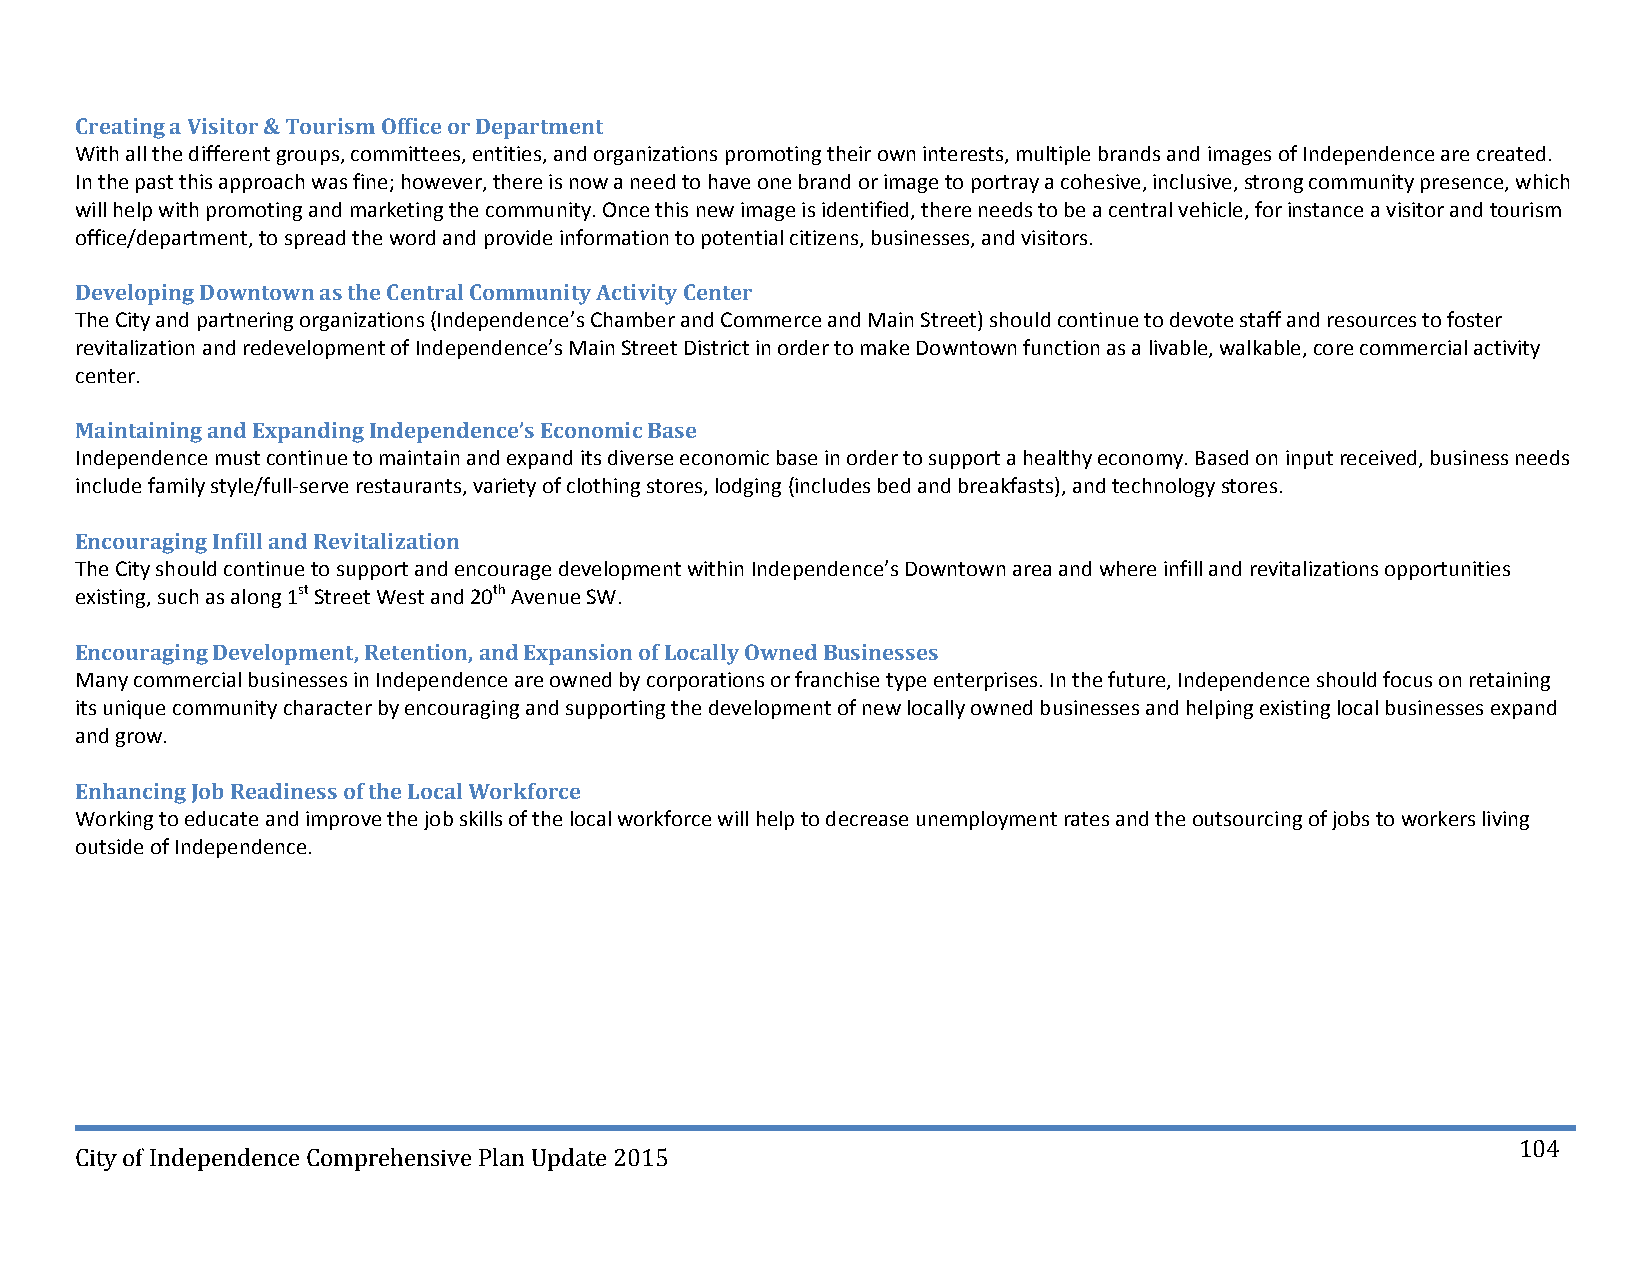
Creating a Visitor & Tourism Office or Department
 With all the different groups, committees, entities, and organizations promoting their own interests, multiple brands and images of Independence are created.
 In the past this approach was fine; however, there is now a need to have one brand or image to portray a cohesive, inclusive, strong community presence, which
 will help with promoting and marketing the community. Once this new image is identified, there needs to be a central vehicle, for instance a visitor and tourism
 office/department, to spread the word and provide information to potential citizens, businesses, and visitors.
 Developing Downtown as the Central Community Activity Center
 The City and partnering organizations (Independence’s Chamber and Commerce and Main Street) should continue to devote staff and resources to foster
 revitalization and redevelopment of Independence’s Main Street District in order to make Downtown function as a livable, walkable, core commercial activity
 center.
 Maintaining and Expanding Independence’s Economic Base
 Independence must continue to maintain and expand its diverse economic base in order to support a healthy economy. Based on input received, business needs
 include family style/full‐serve restaurants, variety of clothing stores, lodging (includes bed and breakfasts), and technology stores.
 Encouraging Infill and Revitalization
 The City should continue to support and encourage development within Independence’s Downtown area and where infill and revitalizations opportunities
 existing, such as along 1st Street West and 20th Avenue SW.
 Encouraging Development, Retention, and Expansion of Locally Owned Businesses
 Many commercial businesses in Independence are owned by corporations or franchise type enterprises. In the future, Independence should focus on retaining
 its unique community character by encouraging and supporting the development of new locally owned businesses and helping existing local businesses expand
 and grow.
 Enhancing Job Readiness of the Local Workforce
 Working to educate and improve the job skills of the local workforce will help to decrease unemployment rates and the outsourcing of jobs to workers living
 outside of Independence.
 104
 City of Independence Comprehensive Plan Update 2015